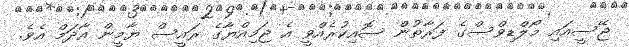
ޖޭސީއައި މޯލްޑިވްސްގެ ފަރާތުން ސޮއިކުރެއްވީ އެ ޖަމިއްޔާގެ ރައީސް ޔާމީން އާދަމް އެވެ.